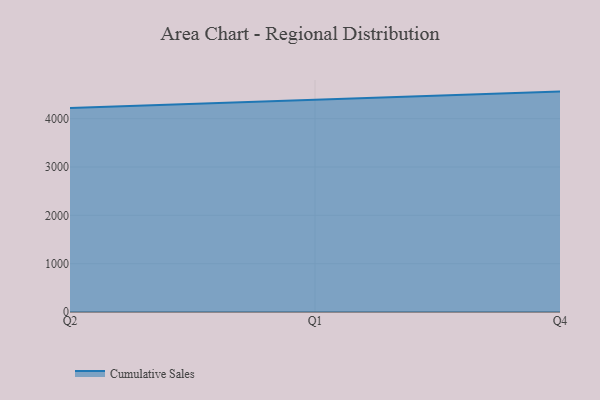
{"axis": {"x": "Quarter", "y": "Operating Costs (USD K)"}, "legend": ["Cumulative Sales"], "data": [{"x": "Q2", "y": 4219.9, "type": "Cumulative Sales"}, {"x": "Q1", "y": 4385.5, "type": "Cumulative Sales"}, {"x": "Q4", "y": 4559.3, "type": "Cumulative Sales"}]}